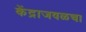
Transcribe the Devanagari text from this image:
केंद्राजवळचा